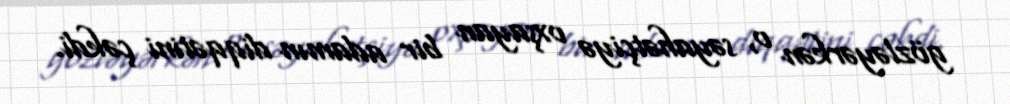
gözləyərkən o, səyahətçiyə oxşayan bir adamın diqqətini çəkdi.